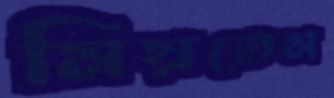
মিয়তেম